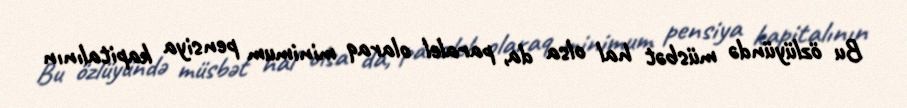
Bu özlüyündə müsbət hal olsa da, paralel olaraq minimum pensiya kapitalının